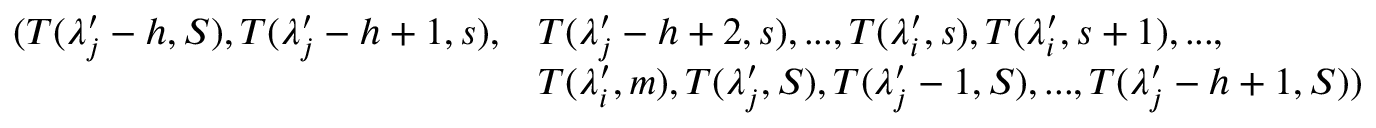
\begin{array} { r l } { ( T ( \lambda _ { j } ^ { \prime } - h , S ) , T ( \lambda _ { j } ^ { \prime } - h + 1 , s ) , } & { T ( \lambda _ { j } ^ { \prime } - h + 2 , s ) , . . . , T ( \lambda _ { i } ^ { \prime } , s ) , T ( \lambda _ { i } ^ { \prime } , s + 1 ) , . . . , } \\ & { T ( \lambda _ { i } ^ { \prime } , m ) , T ( \lambda _ { j } ^ { \prime } , S ) , T ( \lambda _ { j } ^ { \prime } - 1 , S ) , . . . , T ( \lambda _ { j } ^ { \prime } - h + 1 , S ) ) } \end{array}